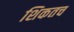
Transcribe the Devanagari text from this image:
शिकतच